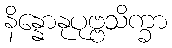
နိန္နောနုပုဗ္ဗသိက္ခာ